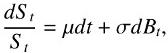
$\frac{dS_t}{S_t}=\mu dt+\sigma dB_t,$